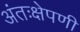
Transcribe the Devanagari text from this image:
अंतःक्षेपणी